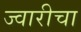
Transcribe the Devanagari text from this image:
ज्वारीचा